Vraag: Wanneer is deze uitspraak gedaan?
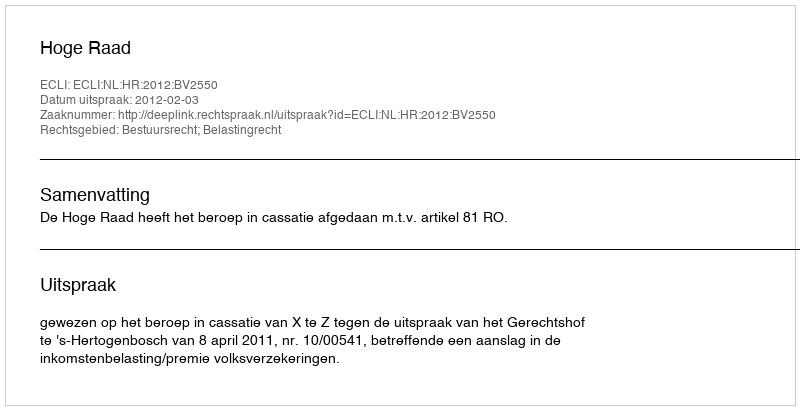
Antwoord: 2012-02-03